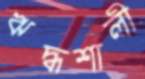
ঋদ্ধশালী